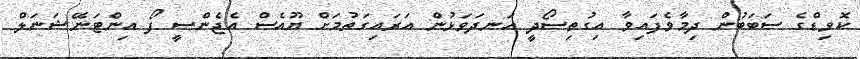
ކޮވިޑްގެ ސަބަބުން ދިމާވެފައިވާ އިގުތިސޯދީ އަނދަވަޅުން އަރައިގަތުމަށް ޔޫއެސް އެޖެންސީ ފޯ އިންޓަނޭޝަނަލް